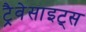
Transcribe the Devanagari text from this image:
ट्रैवेसाइट्स